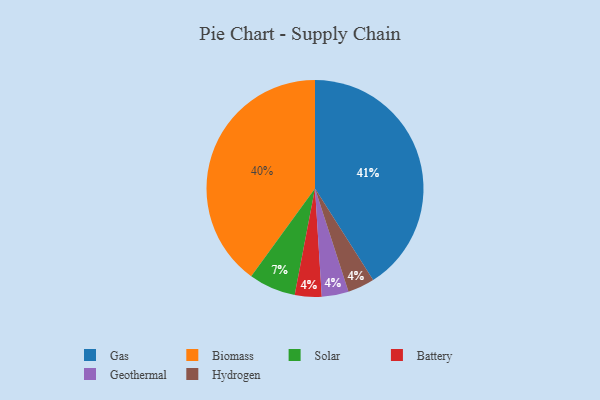
{"axis": {"x": "Category", "y": "Percentage"}, "legend": ["Battery", "Biomass", "Gas", "Geothermal", "Hydrogen", "Solar"], "data": [{"x": "Solar", "y": 7, "type": "Solar"}, {"x": "Battery", "y": 4, "type": "Battery"}, {"x": "Geothermal", "y": 4, "type": "Geothermal"}, {"x": "Biomass", "y": 40, "type": "Biomass"}, {"x": "Gas", "y": 41, "type": "Gas"}, {"x": "Hydrogen", "y": 4, "type": "Hydrogen"}]}